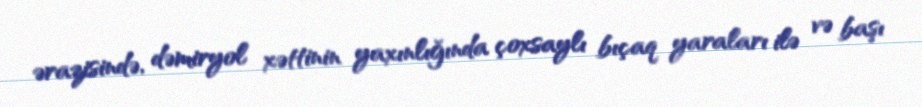
ərazisində, dəmiryol xəttinin yaxınlığında çoxsaylı bıçaq yaraları ilə və başı